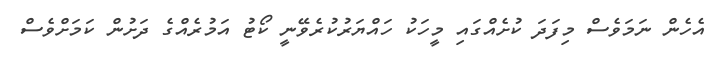
އެހެން ނަމަވެސް މިފަދަ ކުށެއްގައި މީހަކު ހައްޔަރުކުރެވޭނީ ކޯޓު އަމުރެއްގެ ދަށުން ކަމަށްވެސް